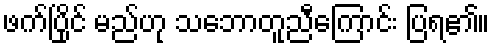
ဖက်ပြိုင် မည်ဟု သဘောတူညီကြောင်း ပြရ၏။